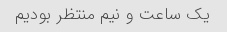
یک ساعت و نیم منتظر بودیم